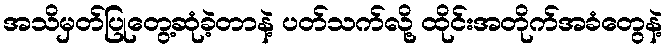
အသိမှတ်ပြုတွေ့ဆုံခဲ့တာနဲ့ ပတ်သက်လို့ ထိုင်းအတိုက်အခံတွေနဲ့